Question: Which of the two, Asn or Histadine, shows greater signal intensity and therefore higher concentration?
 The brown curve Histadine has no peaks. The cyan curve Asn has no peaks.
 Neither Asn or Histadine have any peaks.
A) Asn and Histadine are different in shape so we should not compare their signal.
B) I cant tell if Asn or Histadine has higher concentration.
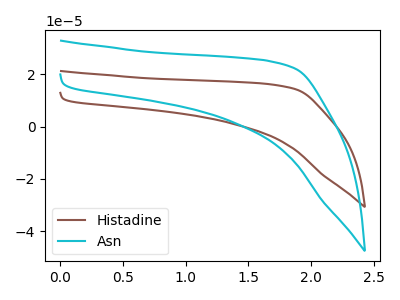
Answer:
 <answer>B) I cant tell if "Asn" or "Histadine" has higher concentration.</answer>
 <eval>B</eval>